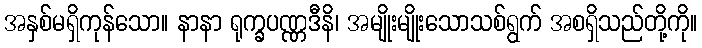
အနှစ်မရှိကုန်သော။ နာနာ ရုက္ခပဏ္ဏဒီနိ၊ အမျိုးမျိုးသောသစ်ရွက် အစရှိသည်တို့ကို။